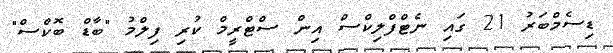
ޑިސެމްބަރު 21 ގައި ނެޓްފްލިކްސް އިން ސްޓްރީމް ކުރި ފިލްމު "ބާޑް ބޮކްސް"